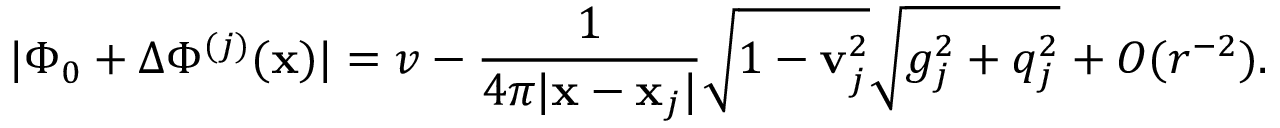
| \Phi _ { 0 } + \Delta \Phi ^ { ( j ) } ( { \bf x } ) | = v - \frac { 1 } { 4 \pi | { \bf x } - { \bf x } _ { j } | } \sqrt { 1 - { \bf v } _ { j } ^ { 2 } } \sqrt { g _ { j } ^ { 2 } + q _ { j } ^ { 2 } } + O ( r ^ { - 2 } ) .